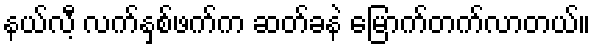
နယ်လီ့ လက်နှစ်ဖက်က ဆတ်ခနဲ မြောက်တက်လာတယ်။